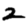
Digit: 2